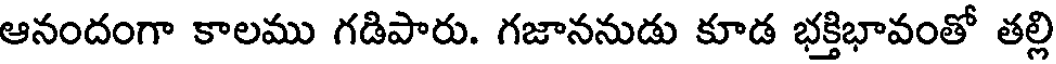
ఆనందంగా కాలము గడిపారు. గజాననుడు కూడ భక్తిభావంతో తల్లి